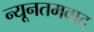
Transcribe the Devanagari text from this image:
न्यूनतमवाद